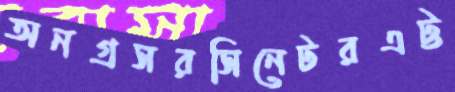
অনগ্রসরসিনেটরএট্ট